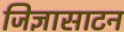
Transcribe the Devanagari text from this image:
जिज्ञासाटन